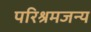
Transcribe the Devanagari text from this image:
परिश्रमजन्य